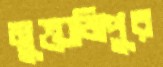
মুক্তাজিপুর